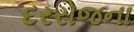
દરરોજના